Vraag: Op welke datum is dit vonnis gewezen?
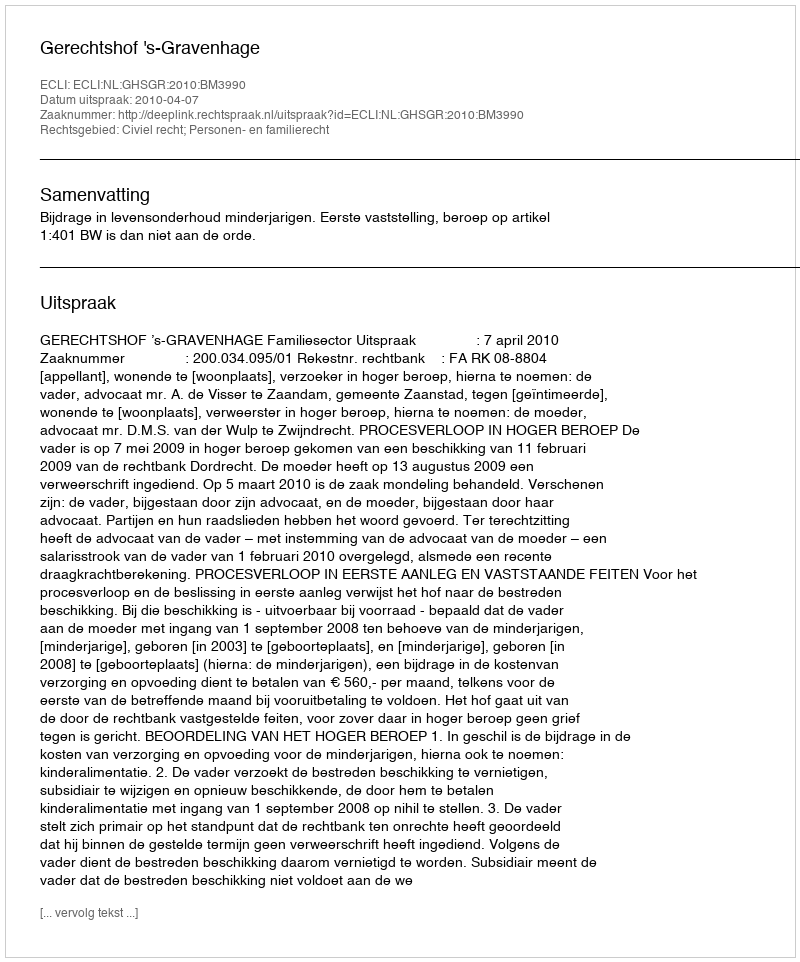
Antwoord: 2010-04-07